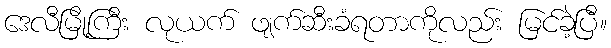
ဒေလီမြို့ကြီး လုယက် ဖျက်ဆီးခံရတာကိုလည်း မြင်ခဲ့ပြီ။